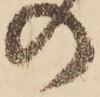
の